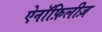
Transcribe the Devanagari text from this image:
ऐनॉफ़िलीज़